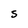
Character: S